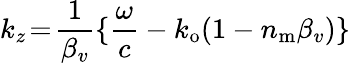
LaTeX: k_{z}\! =\! \frac{1}{\beta_{v}}\{ \frac{\omega}{c}-k_{\mathrm{o}}(1-n_{\mathrm{m}}\beta_{v})\}